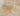
المهر